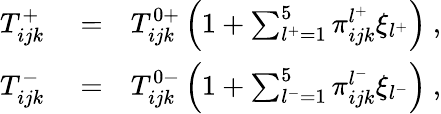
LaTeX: \begin{array}{rlr}{T_{ijk}^{+}}&{{}=}&{T_{ijk}^{0+}\left(1+\sum_{l^{+}=1}^{5}\pi_{ijk}^{l^{+}}\xi_{l^{+}}\right)~,}\\ {T_{ijk}^{-}}&{{}=}&{T_{ijk}^{0-}\left(1+\sum_{l^{-}=1}^{5}\pi_{ijk}^{l^{-}}\xi_{l^{-}}\right)~,}\end{array}